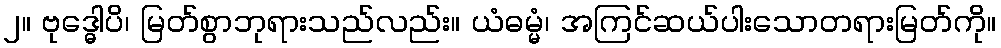
၂။ ဗုဒ္ဓေါပိ၊ မြတ်စွာဘုရားသည်လည်း။ ယံဓမ္မံ၊ အကြင်ဆယ်ပါးသောတရားမြတ်ကို။